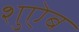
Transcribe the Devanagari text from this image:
शुऐब